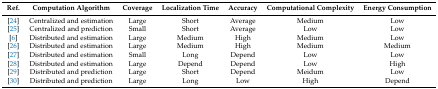
<table><thead><tr><td><b>Ref.</b></td><td><b>Computation Algorithm</b></td><td><b>Coverage</b></td><td><b>Localization Time</b></td><td><b>Accuracy</b></td><td><b>Computational Complexity</b></td><td><b>Energy Consumption</b></td></tr></thead><tbody><tr><td>[24]</td><td>Centralized and estimation</td><td>Large</td><td>Short</td><td>Average</td><td>Medium</td><td>Low</td></tr><tr><td>[25]</td><td>Centralized and prediction</td><td>Small</td><td>Short</td><td>Average</td><td>Low</td><td>Low</td></tr><tr><td>[6]</td><td>Distributed and estimation</td><td>Large</td><td>Medium</td><td>High</td><td>Medium</td><td>Low</td></tr><tr><td>[26]</td><td>Distributed and estimation</td><td>Large</td><td>Medium</td><td>High</td><td>Medium</td><td>Medium</td></tr><tr><td>[27]</td><td>Distributed and estimation</td><td>Small</td><td>Long</td><td>Depend</td><td>Low</td><td>Low</td></tr><tr><td>[28]</td><td>Distributed and estimation</td><td>Large</td><td>Depend</td><td>Depend</td><td>Low</td><td>High</td></tr><tr><td>[29]</td><td>Distributed and prediction</td><td>Large</td><td>Short</td><td>Depend</td><td>Meidum</td><td>Low</td></tr><tr><td>[30]</td><td>Distributed and prediction</td><td>Large</td><td>Long</td><td>Low</td><td>High</td><td>Depend</td></tr></tbody></table>